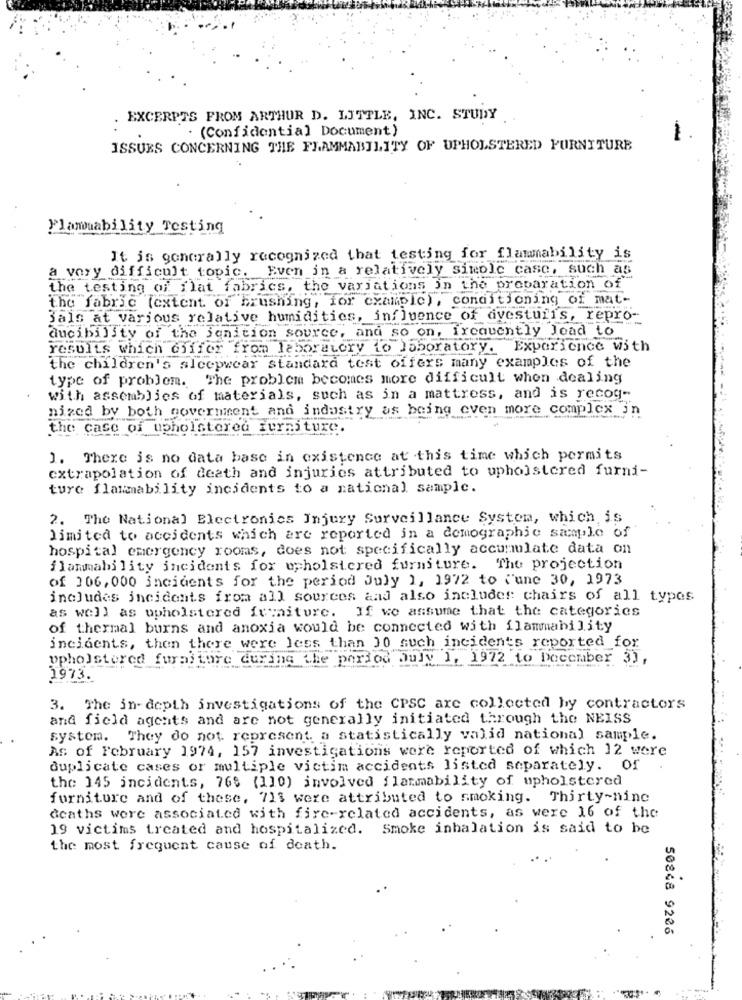
EXCERPTS FROM ARTHUR D. LITTLE, INC. STUDY
. (Confidential Document)
1
ISSUES CONCERNING THE FLAMMABILITY OF UPHOLSTERED FURNITURE
Flammability Testing
It is generally recognized that testing for flammability is
a very difficult topic. Even in a relatively simple case, such as
the testing of flat fabrics, the variations in the preparation of
the fabric (extent of brushing, for example), conditioning of mat-
JalG at various relative humidities, influence of divesturis, repro-
--
ducibility of the jenition source, and so on, frequently lead to
results which differ from laboratory to laboratory. Experience with
the children's alcepwear standard test offers many examples of the
type of problem. The problem becomes more difficult when dealing
with assemblies of materials, such as in a mattress, and is recog-
nized by both government and industry as being even more complex in
the case of upholstered furniture.
1. There is no data base in existence at this time which permits
extrapolation of death and injuries attributed to upholstered furni-
ture flammability incidents to a national sample.
2. The National Electronics Injury Surveillance System, which is
limited to accidents which are reported in a demographic sample of
hospital emergency rooms, does not specifically accumulate data on
flammability incidents fox upholstered furniture. The projection
of 106, 000 incidents for the period July 1, 1972 to june 30, 1973
includes incidents from all sources and also includes chairs of all types
as well as upholstered feraiture. If we assume that the categories
of thermal burns and anoxia would be connected with flammability
incidents, then there were less than 10 such incidents reported for
upholstered furniture during the period July 1, 1972 to December 3),
1973.
3. The in-depth investigations of the CPSC are collected by contractors
and field agents and are not generally initiated through the NEISS
system. They do not represent, a statistically valid national sample.
As of February 1974, 157 investigations were reported of which 12 were
duplicate cases or multiple victim accidents listed separately. Of
the 145 incidents, 768 (110) involved flammability of upholstered
furniture and of these, 713 were attributed to smoking. Thirty-nine
deaths were associated with fire-related accidents, as were 16 of the
19 victims treated and hospitalized. Smoke inhalation is said to be
the most frequent cause of death.
50848 9236